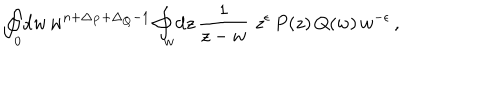
\oint _ { 0 } \! \mathrm { d } w \, w ^ { n + \Delta _ { P } + \Delta _ { Q } - 1 } \oint _ { w } \! \mathrm { d } z \, \frac { 1 } { z - w } \, \, z ^ { \epsilon } \, P ( z ) \, Q ( w ) \, w ^ { - \epsilon } \, ,